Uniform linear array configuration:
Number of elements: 32
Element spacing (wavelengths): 0.25
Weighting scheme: hamming
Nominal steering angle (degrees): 0
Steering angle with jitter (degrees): -0.2535
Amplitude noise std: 0.05
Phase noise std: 0.05

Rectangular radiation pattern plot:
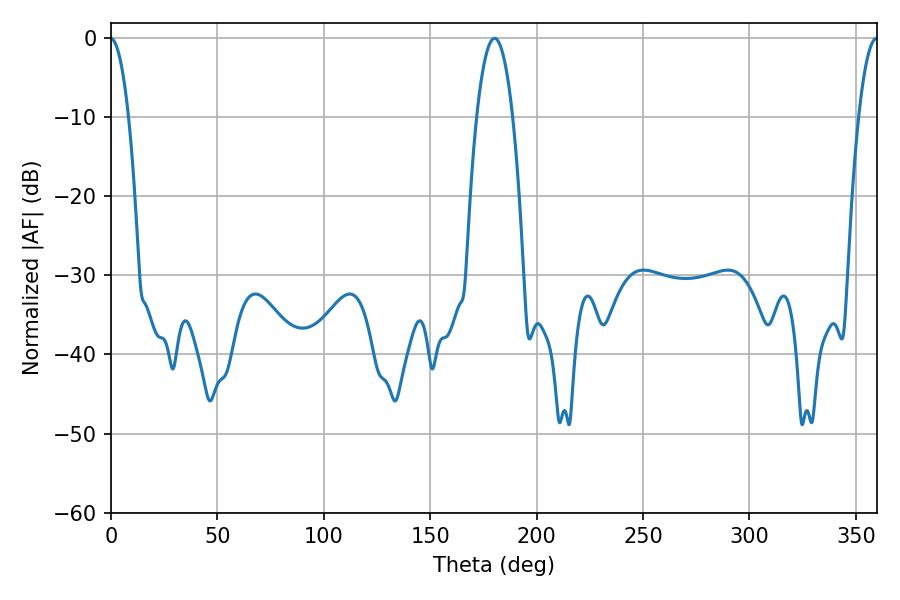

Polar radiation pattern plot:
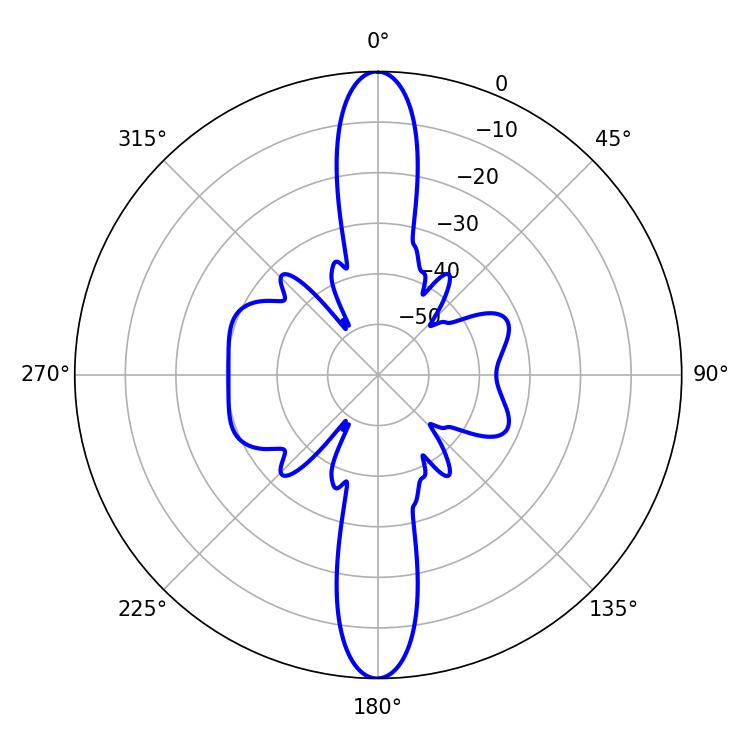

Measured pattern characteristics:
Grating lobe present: FALSE
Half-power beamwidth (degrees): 9.36
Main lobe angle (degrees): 180.18